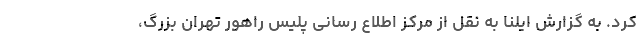
کرد. به گزارش ایلنا به نقل از مرکز اطلاع رسانی پلیس راهور تهران بزرگ،